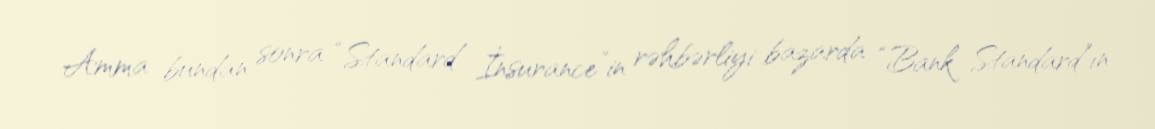
Amma bundan sonra “Standard İnsurance”in rəhbərliyi bazarda “Bank Standard”ın